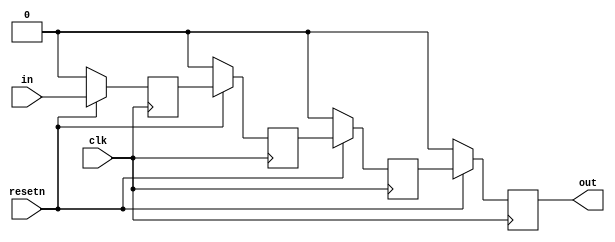
module top_module (
    input clk,
    input resetn,   // synchronous reset
    input in,
    output out
);

reg q1, q2, q3;

always @ (posedge clk) begin
    if (~resetn) begin
        q1 <= 1'b0;
        q2 <= 1'b0;
        q3 <= 1'b0;
        out <= 1'b0;
    end
    else begin
        q1 <= in;
        q2 <= q1;
        q3 <= q2;
        out <= q3;
    end
end

endmodule